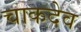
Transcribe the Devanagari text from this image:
चाकदेव